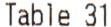
TABLE 31